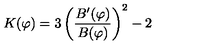
K ( \varphi ) = 3 \left( \frac { B ^ { \prime } ( \varphi ) } { B ( \varphi ) } \right) ^ { 2 } - 2